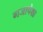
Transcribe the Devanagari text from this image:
गजापेक्षा